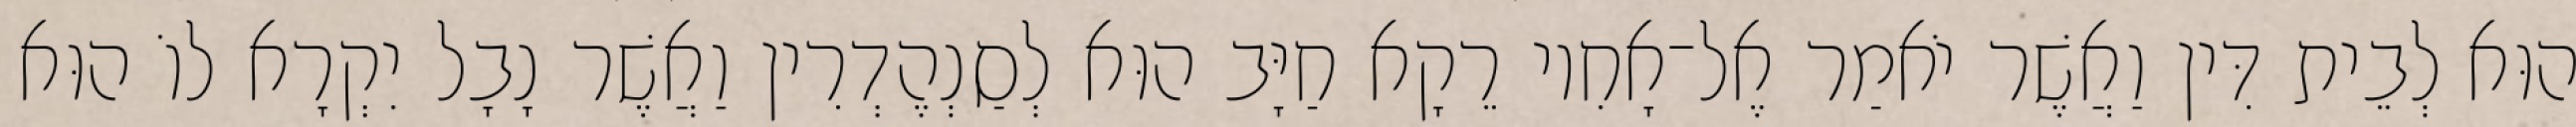
הוּא לְבֵית דִּין וַאֲשֶׁר יֹאמַר אֶל־אָחִיו רֵקָא חַיָּב הוּא לְסַנְהֶדְרִין וַאֲשֶׁר נָבָל יִקְרָא לוֹ הוּא